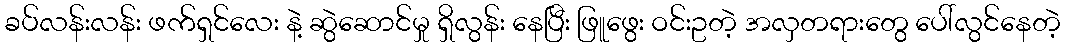
ခပ်လန်းလန်း ဖက်ရှင်လေး နဲ့ ဆွဲဆောင်မှု ရှိလွန်း နေပြီး ဖြူဖွေး ဝင်းဥတဲ့ အလှတရားတွေ ပေါ်လွင်နေတဲ့